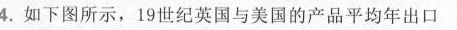
4.如下图所示，19世纪英国与美国的产品平均年出口